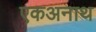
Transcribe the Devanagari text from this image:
एकअनाथ